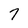
Character: 7